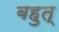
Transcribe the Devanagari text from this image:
बहुत्‌